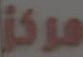
مركز